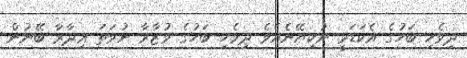
ދިވެހި ބަހުގެ އެކަޑަމީ ނުކިޔޭނެއެވެ ދިވެހި ބަހުގެ ވުޒާރާ ނުވަތަ ޢިދާރާ ބޭނުން